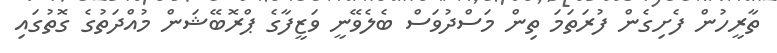
ތާރީހުން ފެށިގެން ފުރަތަމަ ތިން މަސްދުވަސް ބެލެވޭނީ ވަޒީފާގެ ޕްރޮބޭޝަން މުއްދަތުގެ ގޮތުގައި